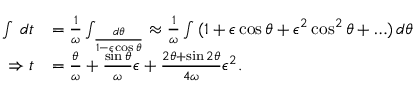
\begin{array} { r l } { \int \, d t } & { = \frac { 1 } { \omega } \int _ \frac { d \theta } { 1 - \epsilon \cos \theta } \approx \frac { 1 } { \omega } \int \, ( 1 + \epsilon \cos \theta + \epsilon ^ { 2 } \cos ^ { 2 } \theta + \ldots ) \, d \theta } \\ { \Rightarrow t } & { = \frac { \theta } { \omega } + \frac { \sin \theta } { \omega } \epsilon + \frac { 2 \theta + \sin 2 \theta } { 4 \omega } \epsilon ^ { 2 } . } \end{array}